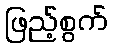
ဖြည့်စွက်